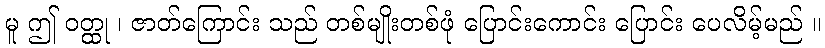
မူ ဤ ဝတ္ထု ၊ ဇာတ်ကြောင်း သည် တစ်မျိုးတစ်ဖုံ ပြောင်းကောင်း ပြောင်း ပေလိမ့်မည် ။